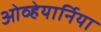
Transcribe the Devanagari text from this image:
ओव्हेयार्निया